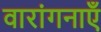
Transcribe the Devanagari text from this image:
वारांगनाएँ